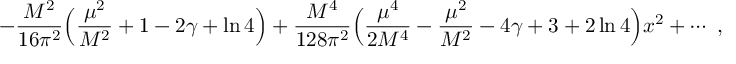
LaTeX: - { \frac { M ^ { 2 } } { 1 6 \pi ^ { 2 } } } \Bigl ( { \frac { \mu ^ { 2 } } { M ^ { 2 } } } + 1 - 2 \gamma + \ln 4 \Bigr ) + { \frac { M ^ { 4 } } { 1 2 8 \pi ^ { 2 } } } \Bigl ( { \frac { \mu ^ { 4 } } { 2 M ^ { 4 } } } - { \frac { \mu ^ { 2 } } { M ^ { 2 } } } - 4 \gamma + 3 + 2 \ln 4 \Bigr ) x ^ { 2 } + \cdots \ ,